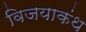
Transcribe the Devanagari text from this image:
विजयाकंथ